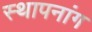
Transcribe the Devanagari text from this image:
स्थापनांग